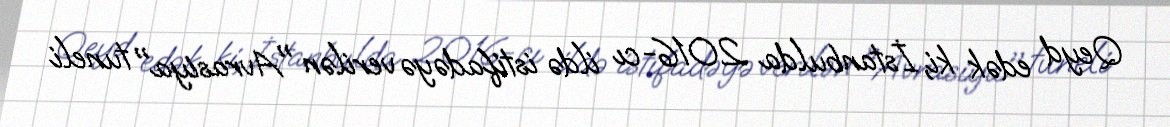
Qeyd edək ki, İstanbulda 2016-cı ildə istifadəyə verilən "Avrasiya" tuneli